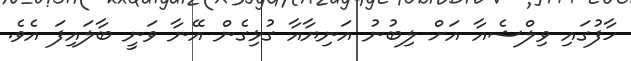
ހާފުގައި ވިލްޝެއާ އަށް ލިބުނު އަނިޔާއާ ގުޅިގެން އޭނާ ވަނީ ބާލައިފަ އެވެ.